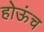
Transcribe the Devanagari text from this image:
होऊंच